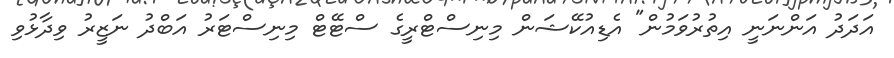
އަދަދު އަންނަނީ އިތުރުވަމުން" އެޑިއުކޭޝަން މިނިސްޓްރީގެ ސްޓޭޓް މިނިސްޓަރު އަބްދު ނަޒީރު ވިދާޅުވި